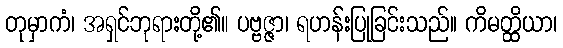
တုမှာကံ၊ အရှင်ဘုရားတို့၏။ ပဗ္ဗဇ္ဇာ၊ ရဟန်းပြုခြင်းသည်။ ကိမတ္ထိယာ၊